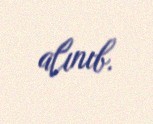
alınıb.